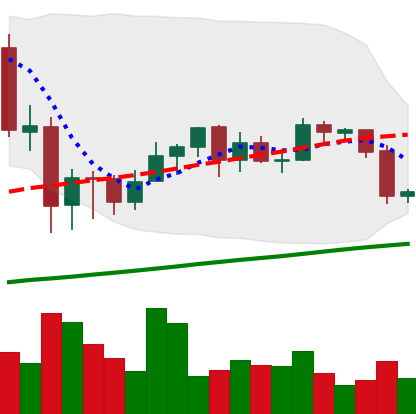
Ticker: ETH-USD
Chart end date: 2020-09-22
Forward return: 3.755%
Label: up_3_5